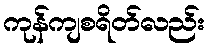
ကုန်ကျစရိတ်လည်း